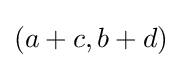
(a+c,b+d)